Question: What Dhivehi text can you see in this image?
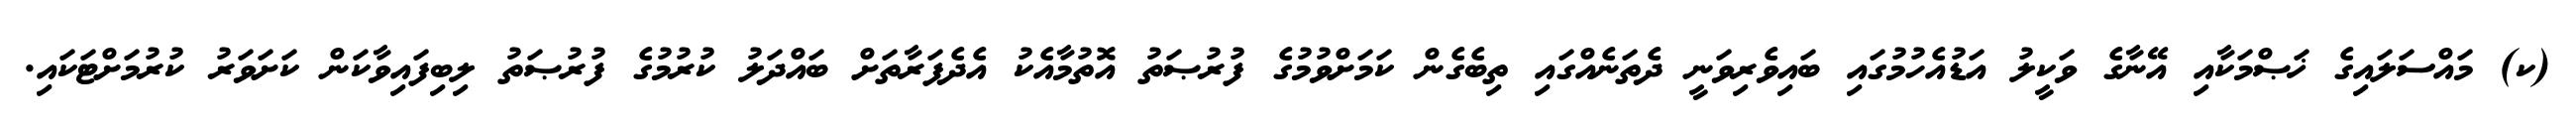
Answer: (ކ) މައްސަލައިގެ ޚަޞްމަކާއި އޭނާގެ ވަކީލު އަޑުއެހުމުގައި ބައިވެރިވަނީ ދެތަނެއްގައި ތިބެގެން ކަމަށްވުމުގެ ފުރުޞަތު އޮތުމާއެކު އެދެފަރާތަށް ބައްދަލު ކުރުމުގެ ފުރުޞަތު ލިބިފައިވާކަން ކަށަވަރު ކުރުމަށްޓަކައި.